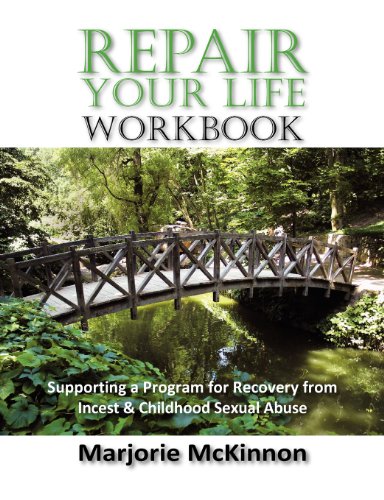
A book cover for REPAIR Your Life Workbook: Supporting a Program of Recovery from Incest & Childhood Sexual Abuse; Marjorie McKinnon; Health, Fitness & Dieting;